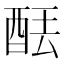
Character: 𫟮